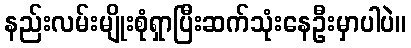
နည်းလမ်းမျိုးစုံရှာပြီးဆက်သုံးနေဦးမှာပါပဲ။